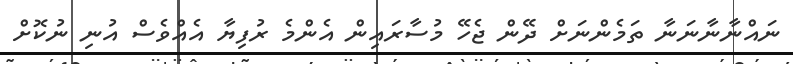
ނައްނާނާނަނާ ތަަމެންނަށް ދޭން ޖެހޭ މުސާރައިން އެންމެ ރުފިޔާ އެއްވެސް އުނި ނުކޮށް